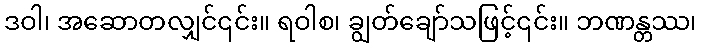
ဒဝါ၊ အဆောတလျှင်၎င်း။ ရဝါစ၊ ချွတ်ချော်သဖြင့်၎င်း။ ဘဏန္တဿ၊